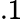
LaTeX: .1